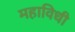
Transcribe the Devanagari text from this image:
महाविधी